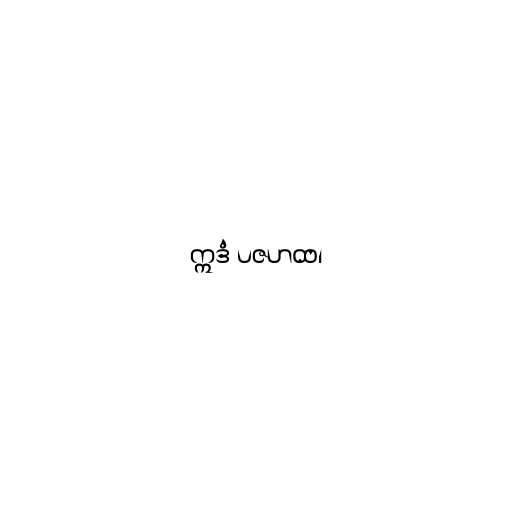
ဣဒံ ပဇဟထ၊